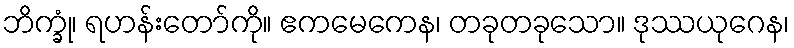
ဘိက္ခုံ၊ ရဟန်းတော်ကို။ ဧကမေကေန၊ တခုတခုသော။ ဒုဿယုဂေန၊